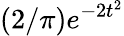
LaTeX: (2/\pi)e^{-2t^{2}}